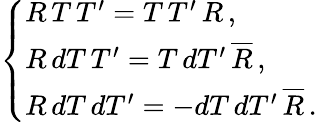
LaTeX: \left\{ \begin{array}{l}{{R\, T\, T^{\prime}=T\, T^{\prime}\, R\, ,}}\\ {{R\, dT\, T^{\prime}=T\, dT^{\prime}\, \overline{{{R}}}\, ,}}\\ {{R\, dT\, dT^{\prime}=-dT\, dT^{\prime}\, \overline{{{R}}}\, .}}\end{array}\right.